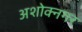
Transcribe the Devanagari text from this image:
अशोक्नगर